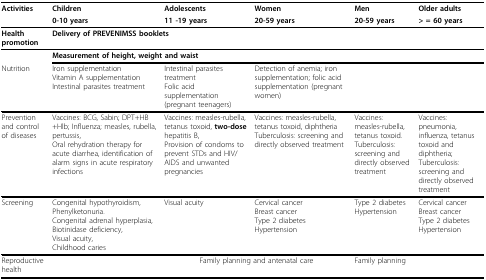
| Activities | Children | Adolescents | Women | Men | Older adults |
 |  | 0-10 years | 11 -19 years | 20-59 years | 20-59 years | > = 60 years |
 | --- | --- | --- | --- | --- | --- |
 | Health promotion | <COLSPAN=5> Delivery of PREVENIMSS booklets |
 |  | <COLSPAN=5> Measurement of height, weight and waist |
 | Nutrition | Iron supplementationVitamin A supplementationIntestinal parasites treatment | Intestinal parasites treatmentFolic acid supplementation (pregnant teenagers) | Detection of anemia; iron supplementation; folic acid supplementation (pregnant women) |  |  |
 | Prevention and control of diseases | Vaccines: BCG, Sabin; DPT+HB+Hlb; Influenza; measles, rubella, pertussis,Oral rehydration therapy for acute diarrhea, identification of alarm signs in acute respiratory infections | Vaccines: measles-rubella, tetanus toxoid, two-dose hepatitis B,Provision of condoms to prevent STDs and HIV/AIDS and unwanted pregnancies | Vaccines: measles-rubella, tetanus toxoid, diphtheriaTuberculosis: screening and directly observed treatment | Vaccines: measles-rubella, tetanus toxoid.Tuberculosis: screening and directly observed treatment | Vaccines: pneumonia, influenza, tetanus toxoid and diphtheria;Tuberculosis: screening and directly observed treatment |
 | Screening | Congenital hypothyroidism,Phenylketonuria.Congenital adrenal hyperplasia,Biotinidase deficiency,Visual acuity,Childhood caries | Visual acuity | Cervical cancerBreast cancerType 2 diabetesHypertension | Type 2 diabetesHypertension | Cervical cancerBreast cancerType 2 diabetesHypertension |
 | Reproductive health |  | <COLSPAN=2> Family planning and antenatal care | Family planning |  |